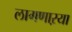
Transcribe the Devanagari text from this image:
लागणाऱया